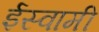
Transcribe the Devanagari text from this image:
ईस्वामी